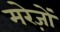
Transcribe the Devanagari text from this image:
मरेज़ों